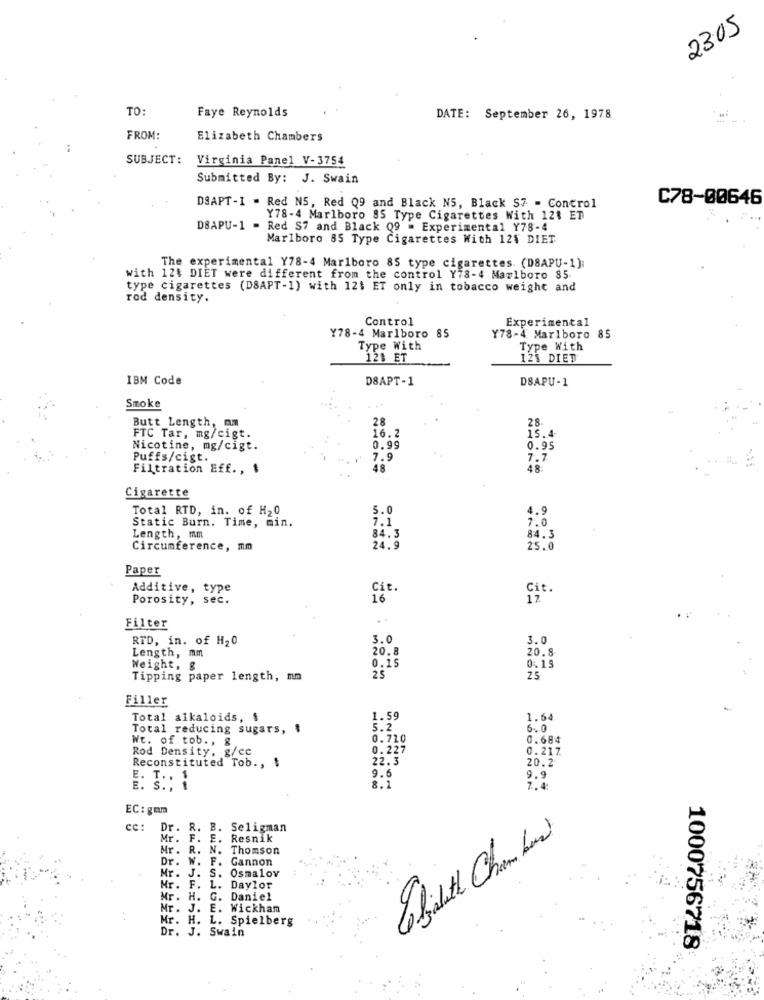
2305
TO:
Faye Reynolds
DATE: September 26, 1978
FROM:
Elizabeth Chambers
SUBJECT:
Virginia Panel V-3754
Submitted By: J. Swain
C78-00646
DSAPT-I - Red NS, Red Q9 and Black N5, Black S7 = Control
Y78-4 Marlboro 85 Type Cigarettes With 121 ET
DBAPU-1 - Red $7 and Black Q9 - Experimental Y78-4
Marlboro 85 Type Cigarettes With 12$ DIET
The experimental Y78-4 Marlboro 85 type cigarettes. (DSAPU-1);
with 12$ DIET were different from the control Y78-4 Marlboro 85
type cigarettes (DSAPT-1) with 12$ ET only in tobacco weight and
rod density.
Control
Experimental
Y78-4 Marlboro 85
Y78-4 Marlboro 85
Type With
Type With
125 ET
123 DIET
IBM Code
D8APT-1
DSAPU-1
Smoke
Butt Length, mm
28
IS. A
FTC Tar, mg/cigt.
16.2
Nicotine, mg/cigt.
0.99
0.95
Puffs/cigt.
7.9
7.7
Filtration Eff. , $
48
48:
Cigarette
Total RTD, in. of H20
5.0
Static Burn. Time, min.
7.1
Length, mm
84.3
84.3
Circumference, mm
24.9
25.0
Paper
Additive, type
Cit
Cit.
Porosity, sec.
16
17
Filter
RTD, in. of H20
3.0
3.0
Length, mm
20.8
20.8
Weight, g
0.15
0.15
Tipping paper length, mm
25
25
Filler
Total alkaloids, $
1.59
1.64
Total reducing sugars, $
5.2
6. 0
Wt. of tob ., &
0.710
0.684
Rod Density, g/cc
0.227
0.217
Reconstituted Tob .,
22.3
20.2
9.6
E. T .,
9.9
. S ., 1
8.1
7.4
EC: gam
cc :
Dr. R.
B. Seligman
Mr.
F.
Resnik
Cefalitt Cham bas
Mr .
R.
N
Thomson
Dr. W. F. Gannon
Mr. J. S. Osmalov
Mr.
F.
1.
Daylor
Mr .
H.
G. Daniel
Mr.
J.
E. Wickham
Mr.
H.
L. Spielberg
Dr. J. Swain
1000756718